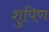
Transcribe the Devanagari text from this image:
शुपिण